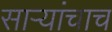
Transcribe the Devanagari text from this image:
साऱ्यांचाच